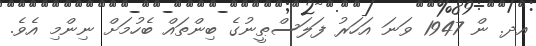
އދ. ން 1947 ވަނަ އަހަރު ފަލަސްޠީނުގެ ބިންތައް ބެހުމަށް ނިންމި އެވެ.